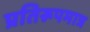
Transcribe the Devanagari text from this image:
प्रतिरूपमात्र